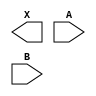
module sky130_fd_sc_ms__and2 (
    X,
    A,
    B
);

    output X;
    input  A;
    input  B;

    // Voltage supply signals
    supply1 VPWR;
    supply0 VGND;
    supply1 VPB ;
    supply0 VNB ;

endmodule